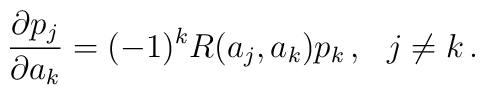
{\partial p_j \over \partial a_k} = (-1)^k R(a_j,a_k) p_k\, ,\ \ j\neq k\,.